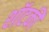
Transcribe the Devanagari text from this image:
शॉटकी